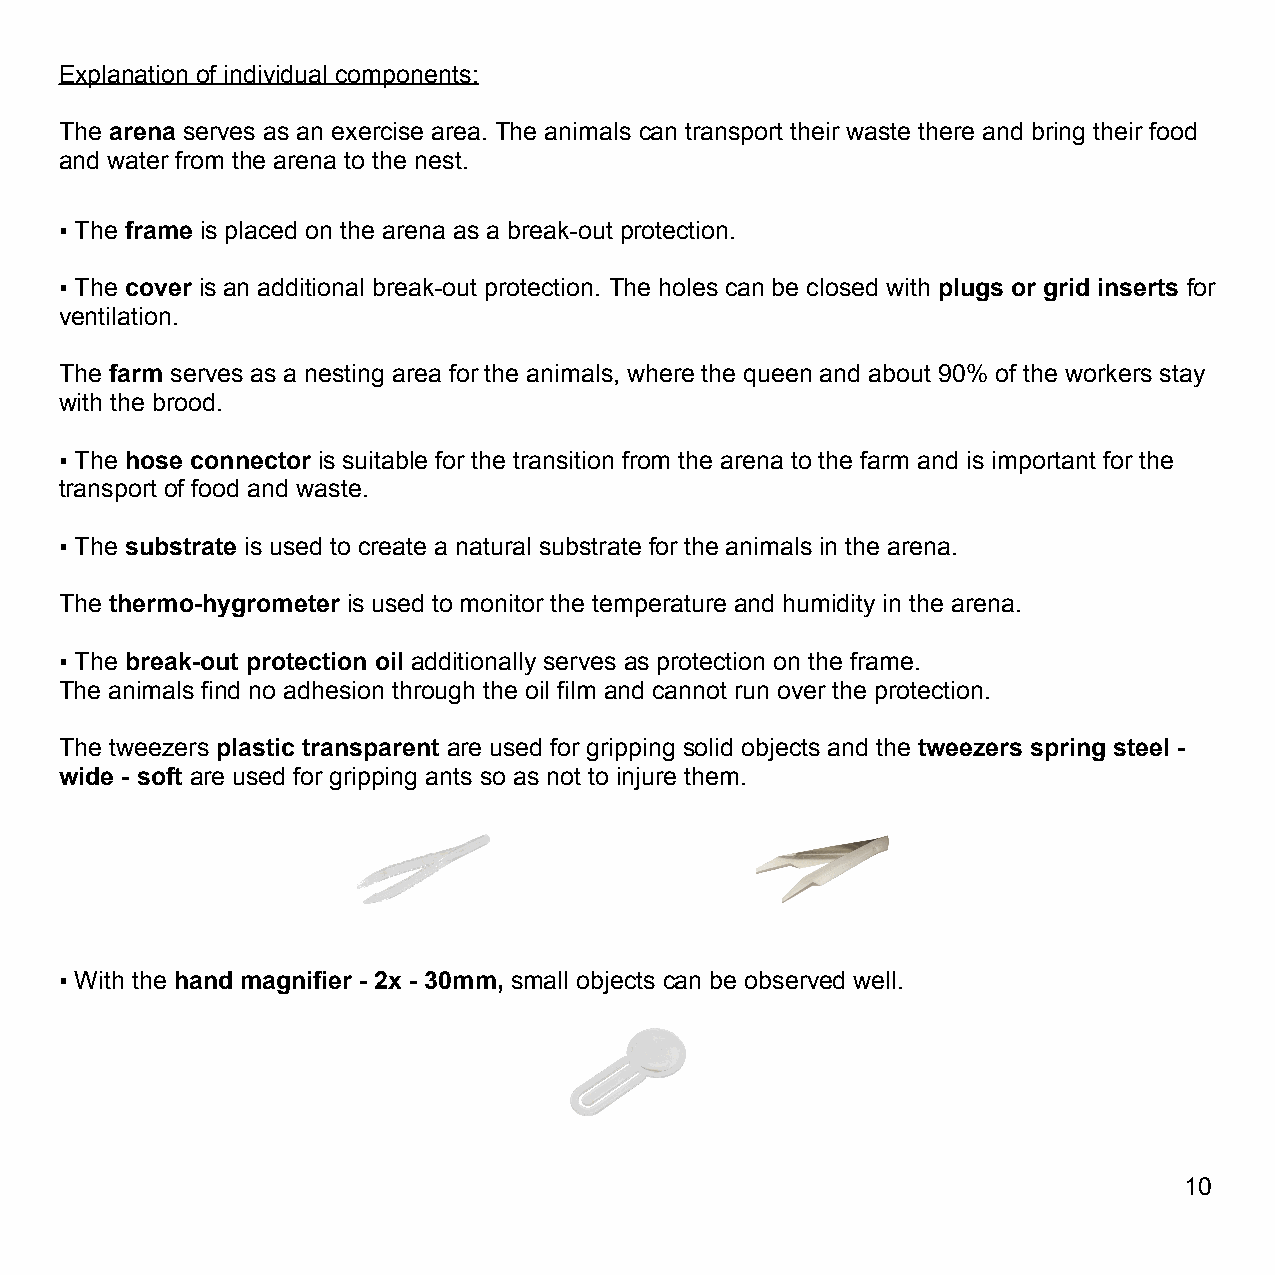
Explanation of individual components:
 The arena serves as an exercise area. The animals can transport their waste there and bring their food
 and water from the arena to the nest.
 ▪ The frame is placed on the arena as a break-out protection.
 ▪ The cover is an additional break-out protection. The holes can be closed with plugs or grid inserts for
 ventilation.
 The farm serves as a nesting area for the animals, where the queen and about 90% of the workers stay
 with the brood.
 ▪ The hose connector is suitable for the transition from the arena to the farm and is important for the
 transport of food and waste.
 ▪ The substrate is used to create a natural substrate for the animals in the arena.
 The thermo-hygrometer is used to monitor the temperature and humidity in the arena.
 ▪ The break-out protection oil additionally serves as protection on the frame.
 The animals find no adhesion through the oil film and cannot run over the protection.
 The tweezers plastic transparent are used for gripping solid objects and the tweezers spring steel -
 wide - soft are used for gripping ants so as not to injure them.
 ▪ With the hand magnifier - 2x - 30mm, small objects can be observed well.
 10